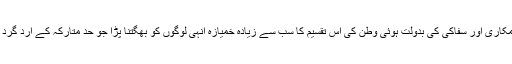
انگریز کی مکاری اور سفاکی کی بدولت ہوئی وطن کی اس تقسیم کا سب سے زیادہ خمیازہ انہی لوگوں کو بھْگتنا پڑا جو حدِ متارکہ کے ارد گرد بستے تھے۔